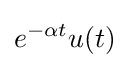
e^{-\alpha t}u(t)